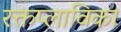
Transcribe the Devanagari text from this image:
रक्तप्लाविका